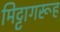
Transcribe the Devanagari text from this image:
मिट्टागरूह